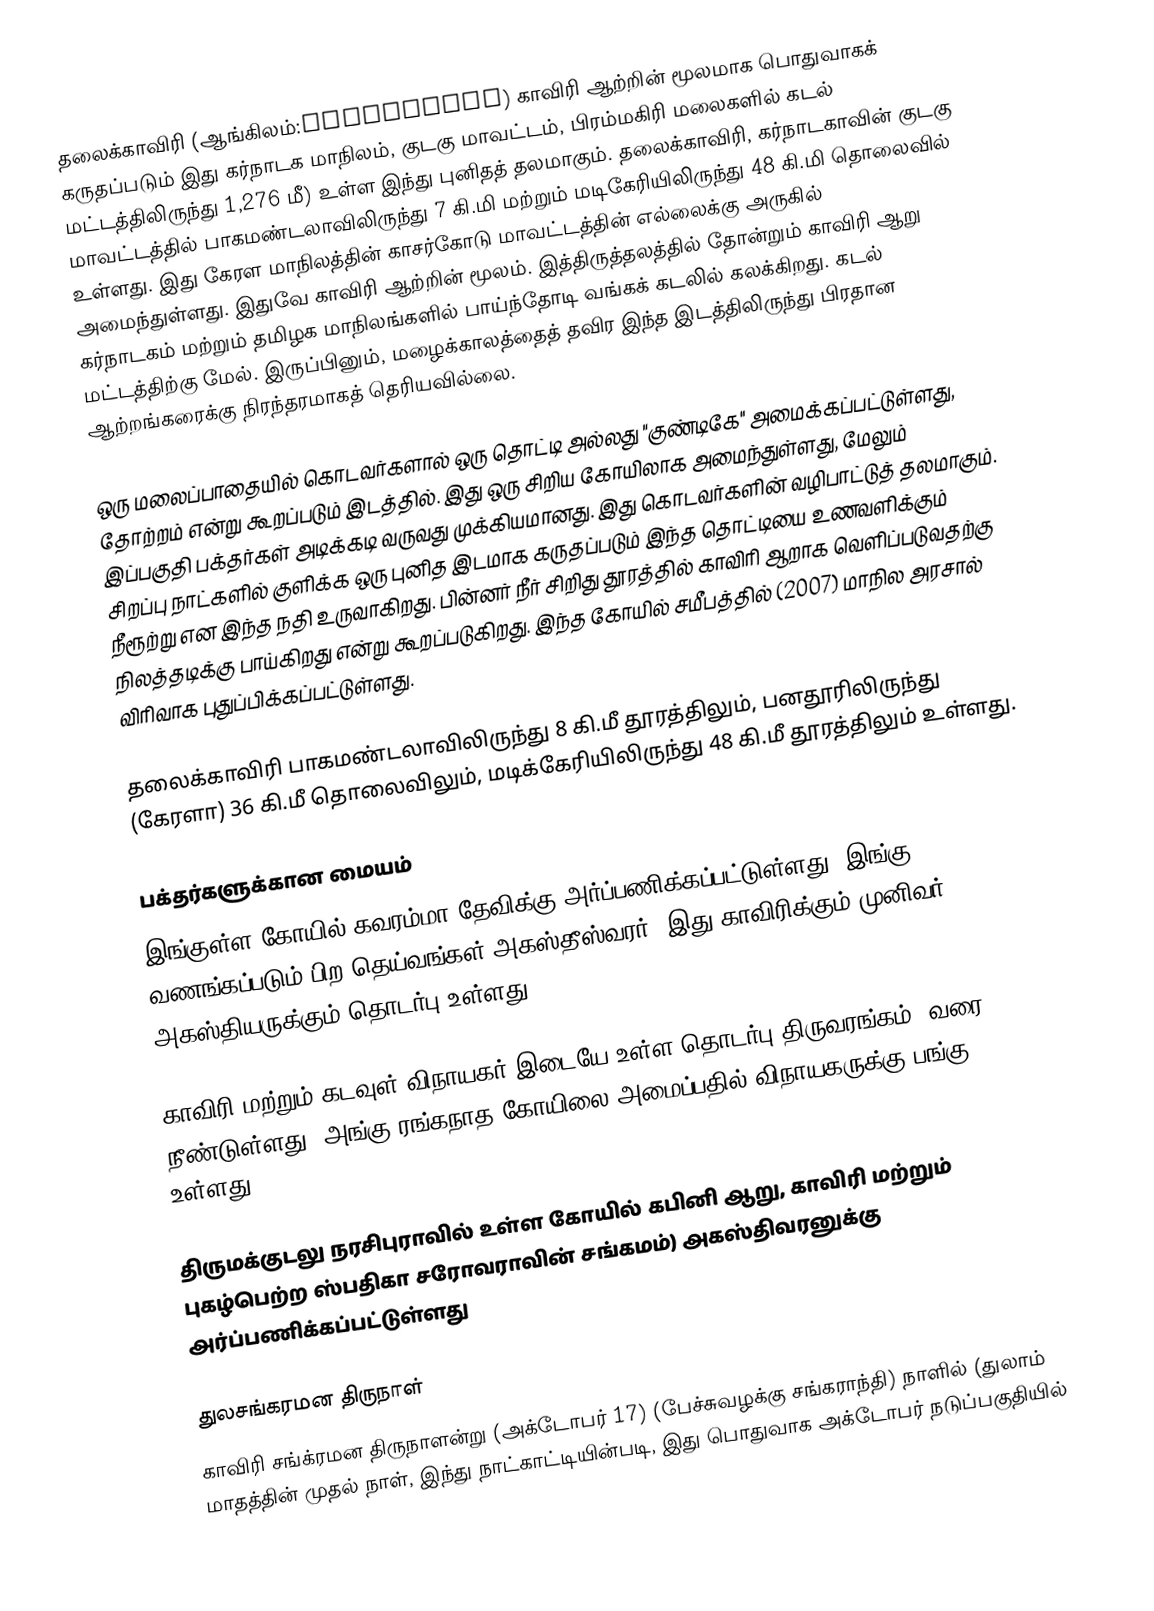
தலைக்காவிரி (ஆங்கிலம்:Talakaveri) காவிரி ஆற்றின் மூலமாக பொதுவாகக் கருதப்படும் இது கர்நாடக மாநிலம், குடகு மாவட்டம், பிரம்மகிரி மலைகளில் கடல் மட்டத்திலிருந்து 1,276 மீ) உள்ள இந்து புனிதத் தலமாகும். தலைக்காவிரி, கர்நாடகாவின் குடகு மாவட்டத்தில் பாகமண்டலாவிலிருந்து 7 கி.மி மற்றும் மடிகேரியிலிருந்து 48 கி.மி தொலைவில் உள்ளது. இது கேரள மாநிலத்தின் காசர்கோடு மாவட்டத்தின் எல்லைக்கு அருகில் அமைந்துள்ளது. இதுவே காவிரி ஆற்றின் மூலம். இத்திருத்தலத்தில் தோன்றும் காவிரி ஆறு கர்நாடகம் மற்றும் தமிழக மாநிலங்களில் பாய்ந்தோடி வங்கக் கடலில் கலக்கிறது. கடல் மட்டத்திற்கு மேல். இருப்பினும், மழைக்காலத்தைத் தவிர இந்த இடத்திலிருந்து பிரதான ஆற்றங்கரைக்கு நிரந்தரமாகத் தெரியவில்லை.

ஒரு மலைப்பாதையில் கொடவர்களால் ஒரு தொட்டி அல்லது "குண்டிகே" அமைக்கப்பட்டுள்ளது, தோற்றம் என்று கூறப்படும் இடத்தில். இது ஒரு சிறிய கோயிலாக அமைந்துள்ளது, மேலும் இப்பகுதி பக்தர்கள் அடிக்கடி வருவது முக்கியமானது. இது கொடவர்களின் வழிபாட்டுத் தலமாகும். சிறப்பு நாட்களில் குளிக்க ஒரு புனித இடமாக கருதப்படும் இந்த தொட்டியை உணவளிக்கும் நீரூற்று என இந்த நதி உருவாகிறது. பின்னர் நீர் சிறிது தூரத்தில் காவிரி ஆறாக வெளிப்படுவதற்கு நிலத்தடிக்கு பாய்கிறது என்று கூறப்படுகிறது. இந்த கோயில் சமீபத்தில் (2007) மாநில அரசால் விரிவாக புதுப்பிக்கப்பட்டுள்ளது.

தலைக்காவிரி பாகமண்டலாவிலிருந்து 8 கி.மீ தூரத்திலும், பனதூரிலிருந்து (கேரளா) 36 கி.மீ தொலைவிலும், மடிக்கேரியிலிருந்து 48 கி.மீ தூரத்திலும் உள்ளது.

பக்தர்களுக்கான மையம்
இங்குள்ள கோயில் கவரம்மா தேவிக்கு அர்ப்பணிக்கப்பட்டுள்ளது. இங்கு வணங்கப்படும் பிற தெய்வங்கள் அகஸ்தீஸ்வரர், இது காவிரிக்கும் முனிவர் அகஸ்தியருக்கும் தொடர்பு உள்ளது..

காவிரி மற்றும் கடவுள் விநாயகர் இடையே உள்ள தொடர்பு திருவரங்கம், வரை நீண்டுள்ளது, அங்கு ரங்கநாத கோயிலை அமைப்பதில் விநாயகருக்கு பங்கு உள்ளது.

திருமக்குடலு நரசிபுராவில் உள்ள கோயில் கபினி ஆறு, காவிரி மற்றும் புகழ்பெற்ற ஸ்பதிகா சரோவராவின் சங்கமம்) அகஸ்திவரனுக்கு அர்ப்பணிக்கப்பட்டுள்ளது

துலசங்கரமன திருநாள்
காவிரி சங்க்ரமன திருநாளன்று (அக்டோபர் 17) (பேச்சுவழக்கு சங்கராந்தி) நாளில் (துலாம் மாதத்தின் முதல் நாள், இந்து நாட்காட்டியின்படி, இது பொதுவாக அக்டோபர் நடுப்பகுதியில்